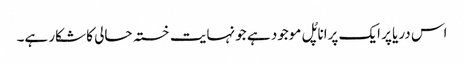
اس دریا پر ایک پرانا پُل موجود ہے جو نہایت خستہ حالی کا شکار ہے۔